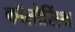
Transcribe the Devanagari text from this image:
कॉलोसिंथ